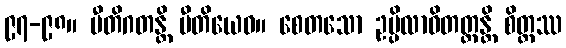
၉၇-၉၈။ ပီတိဂတန္တိ ပီတိယေဝ။ စေတသော ဥပ္ပိလာဝိတတ္တန္တိ စိတ္တဿ